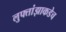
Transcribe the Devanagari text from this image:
लुफ्तांझाकडेच